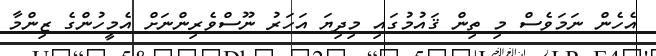
އެހެން ނަމަވެސް މި ތިން ޤައުމުގައި މިދިޔަ އަހަރު ނޫސްވެރިންނަށް އެމީހުންގެ ޒިންމާ